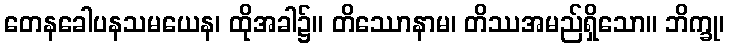
တေနခေါပနသမယေန၊ ထိုအခါ၌။ တိဿောနာမ၊ တိဿအမည်ရှိသော။ ဘိက္ခု၊